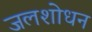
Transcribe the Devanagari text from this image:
जलशोधन